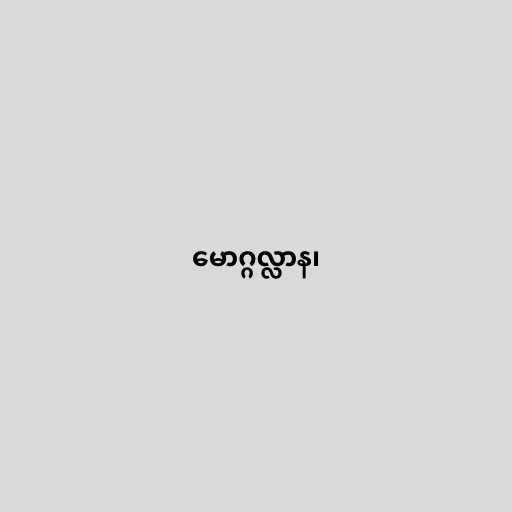
မောဂ္ဂလ္လာန၊